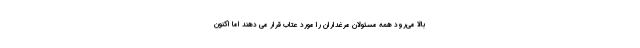
بالا می‌رود همه مسئولان مرغداران را مورد عتاب قرار می دهند اما اکنون